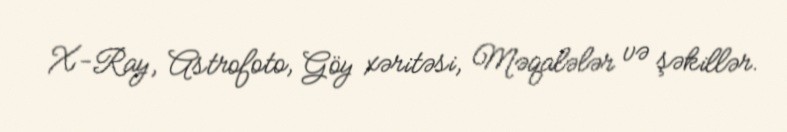
X-Ray, Astrofoto, Göy xəritəsi, Məqalələr və şəkillər.